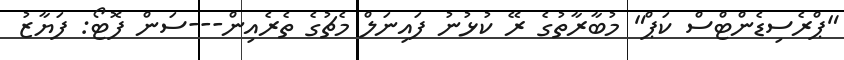
"ޕްރެސިޑެންޓްސް ކަޕް" މުބާރާތުގެ ރޭ ކުޅުނު ފައިނަލް މެޗުގެ ތެރެއިން---ސަން ފޮޓޯ: ފަޔާޒު